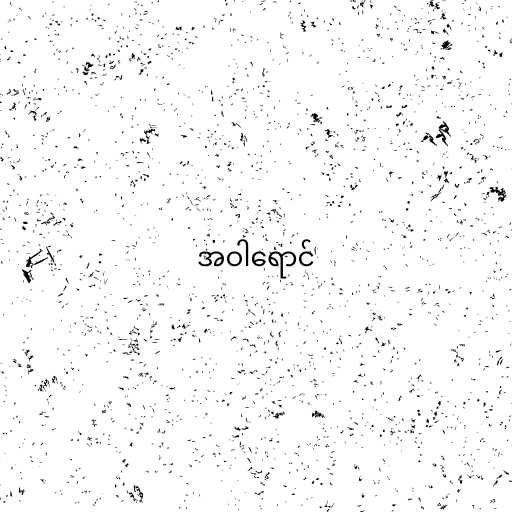
အဝါရောင်